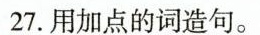
27.用加点的词造句。